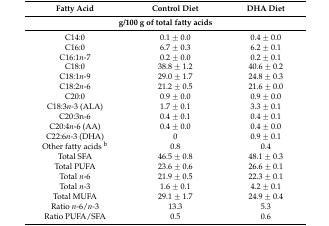
| Fatty Acid | Control Diet | DHA Diet |
 | <COLSPAN=3> g/100 g of total fatty acids |
 | --- | --- | --- |
 | C14:0 | 0.1 ± 0.0 | 0.4 ± 0.0 |
 | C16:0 | 6.7 ± 0.3 | 6.2 ± 0.1 |
 | C16:1n-7 | 0.2 ± 0.0 | 0.2 ± 0.1 |
 | C18:0 | 38.8 ± 1.2 | 40.6 ± 0.2 |
 | C18:1n-9 | 29.0 ± 1.7 | 24.8 ± 0.3 |
 | C18:2n-6 | 21.2 ± 0.5 | 21.6 ± 0.0 |
 | C20:0 | 0.9 ± 0.0 | 0.9 ± 0.0 |
 | C18:3n-3 (ALA) | 1.7 ± 0.1 | 3.3 ± 0.1 |
 | C20:3n-6 | 0.4 ± 0.1 | 0.4 ± 0.1 |
 | C20:4n-6 (AA) | 0.4 ± 0.0 | 0.4 ± 0.0 |
 | C22:6n-3 (DHA) | 0 | 0.9 ± 0.1 |
 | Other fatty acids b | 0.8 | 0.4 |
 | Total SFA | 46.5 ± 0.8 | 48.1 ± 0.3 |
 | Total PUFA | 23.6 ± 0.6 | 26.6 ± 0.1 |
 | Total n-6 | 21.9 ± 0.5 | 22.3 ± 0.1 |
 | Total n-3 | 1.6 ± 0.1 | 4.2 ± 0.1 |
 | Total MUFA | 29.1 ± 1.7 | 24.9 ± 0.4 |
 | Ratio n-6/n-3 | 13.3 | 5.3 |
 | Ratio PUFA/SFA | 0.5 | 0.6 |